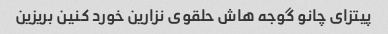
پیتزای چانو گوجه هاش حلقوی نزارین خورد کنین بریزین